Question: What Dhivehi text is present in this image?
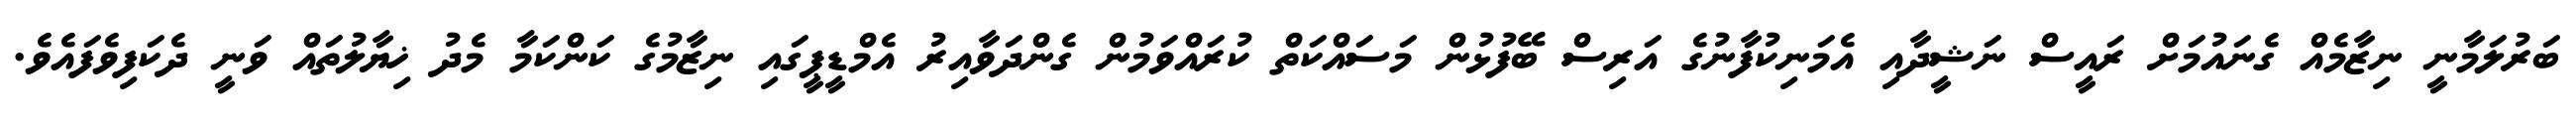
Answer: ބަރުލަމާނީ ނިޒާމެއް ގެނައުމަށް ރައީސް ނަޝީދާއި އެމަނިކުފާނުގެ އަރިސް ބޭފުޅުން މަސައްކަތް ކުރައްވަމުން ގެންދަވާއިރު އެމްޑީޕީގައި ނިޒާމުގެ ކަންކަމާ މެދު ޚިޔާލުތައް ވަނީ ދެކަފިވެފައެވެ.